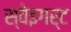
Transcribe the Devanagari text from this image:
स्वेइगर्ट